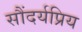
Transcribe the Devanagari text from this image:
सौंदर्यप्रिय